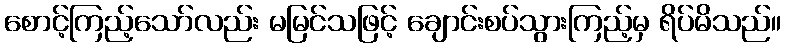
စောင့်ကြည့်သော်လည်း မမြင်သဖြင့် ချောင်းစပ်သွားကြည့်မှ ရိပ်မိသည်။